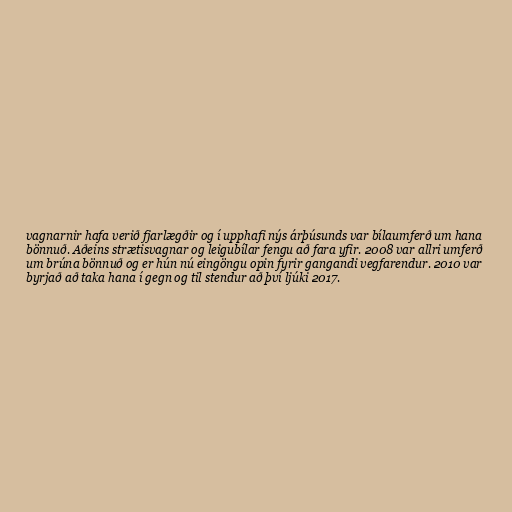
vagnarnir hafa verið fjarlægðir og í upphafi nýs árþúsunds var bílaumferð um hana
bönnuð. Aðeins strætisvagnar og leigubílar fengu að fara yfir. 2008 var allri umferð
um brúna bönnuð og er hún nú eingöngu opin fyrir gangandi vegfarendur. 2010 var
byrjað að taka hana í gegn og til stendur að því ljúki 2017.